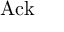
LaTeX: \mathrm { A c k }